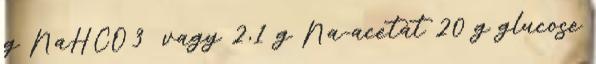
g NaHCO3 vagy 2,1 g Na-acetát 20 g glucose